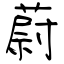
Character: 蔚